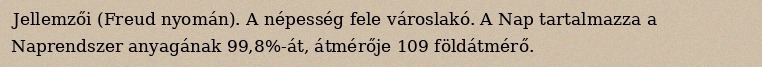
Jellemzői (Freud nyomán). A népesség fele városlakó. A Nap tartalmazza a Naprendszer anyagának 99,8%-át, átmérője 109 földátmérő.